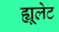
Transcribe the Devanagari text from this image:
ह्यूलेट